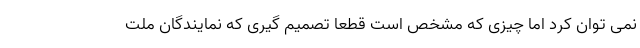
نمی توان کرد اما چیزی که مشخص است قطعاً تصمیم گیری که نمایندگان ملت